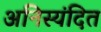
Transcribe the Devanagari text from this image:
अनिस्यंदित